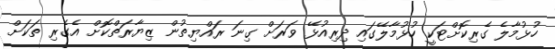
ހުޅުމާލެ ގެރިކޮށްޓަކީ ހުޅުމާލޭގައި ދިރިއުޅޭ ވަރަށް ގިނަ ރައްޔިތުން ޒިޔާރަތްކޮށް އެގެރި ތަކަށް